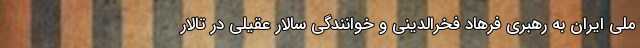
ملی ایران به رهبری فرهاد فخرالدینی و خوانندگی سالار عقیلی در تالار